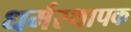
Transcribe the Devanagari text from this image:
धर्मस्थापक